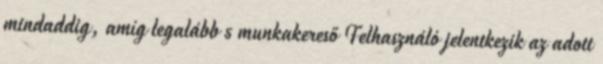
mindaddig, amíg legalább 5 munkakereső Felhasználó jelentkezik az adott